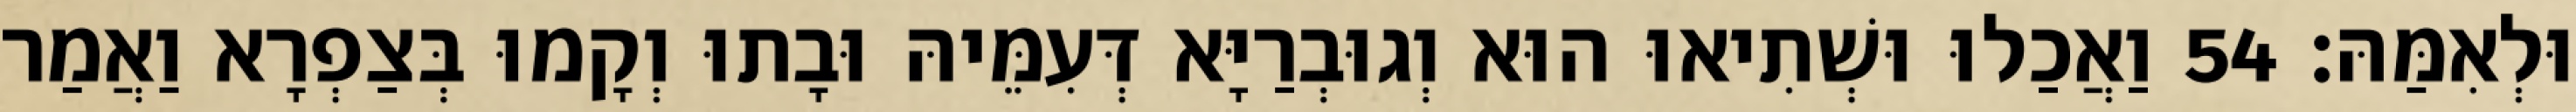
וּלְאִמַּהּ׃ 54 וַאֲכַלוּ וּשְׁתִיאוּ הוּא וְגוּבְרַיָּא דְּעִמֵּיהּ וּבָתוּ וְקָמוּ בְּצַפְרָא וַאֲמַר